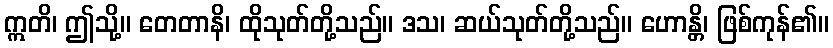
ဣတိ၊ ဤသို့။ တေတာနိ၊ ထိုသုတ်တို့သည်။ ဒသ၊ ဆယ်သုတ်တို့သည်။ ဟောန္တိ၊ ဖြစ်ကုန်၏။